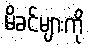
မိခင်များကို